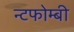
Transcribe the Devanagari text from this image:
न्टफोम्बी